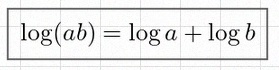
\log(ab)=\log a+\log b